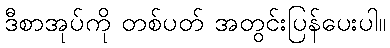
ဒီစာအုပ်ကို တစ်ပတ် အတွင်းပြန်ပေးပါ။